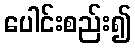
ပေါင်းစည်း၍